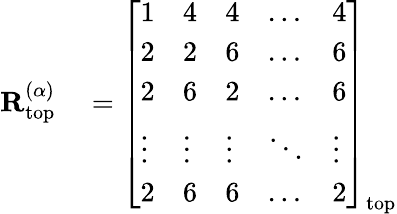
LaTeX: \begin{array}{rl}{\mathbf{R}_{\mathrm{top}}^{(\alpha)}}&{{}=\left[\begin{array}{lllll}{1}&{4}&{4}&{\dots}&{4}\\ {2}&{2}&{6}&{\dots}&{6}\\ {2}&{6}&{2}&{\dots}&{6}\\ {\vdots}&{\vdots}&{\vdots}&{\ddots}&{\vdots}\\ {2}&{6}&{6}&{\dots}&{2}\end{array}\right]_{\mathrm{top}}}\end{array}